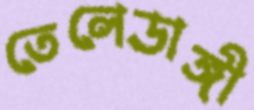
তেলেডাঙ্গী